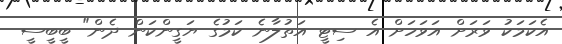
އެކަމަކު ވަރަށް އަވަހަށް އެ ސިޓީ އަތުލާނެ ކަމުގެ ޔަގީންކަން ދެން" ބީބީސީ